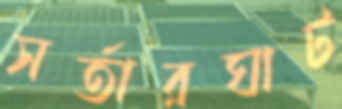
সর্তারঘাট